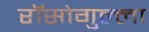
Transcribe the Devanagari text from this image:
रॉसोगुल्ला